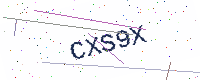
Text: CXS9X